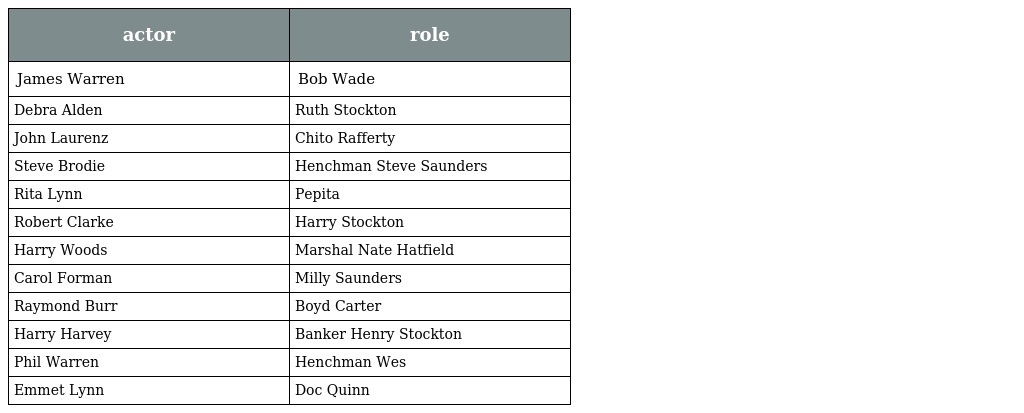
| actor | role |
 | --- | --- |
 | James Warren | Bob Wade |
 | Debra Alden | Ruth Stockton |
 | John Laurenz | Chito Rafferty |
 | Steve Brodie | Henchman Steve Saunders |
 | Rita Lynn | Pepita |
 | Robert Clarke | Harry Stockton |
 | Harry Woods | Marshal Nate Hatfield |
 | Carol Forman | Milly Saunders |
 | Raymond Burr | Boyd Carter |
 | Harry Harvey | Banker Henry Stockton |
 | Phil Warren | Henchman Wes |
 | Emmet Lynn | Doc Quinn |